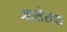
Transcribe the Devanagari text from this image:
मासेसचा